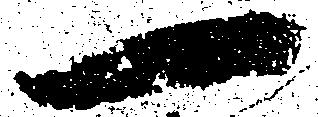
一